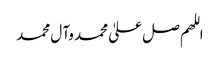
اللھم صل علیٰ محمد وآ ل محمد